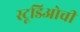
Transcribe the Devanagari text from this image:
स्टूडिओची